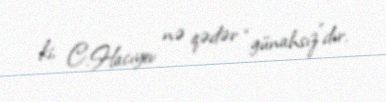
ki, C.Hacıyev nə qədər “günahsız”dır.